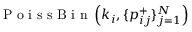
\mathrm { ~ P ~ o ~ i ~ s ~ s ~ B ~ i ~ n ~ } \left( k _ { i } , \{ p _ { i j } ^ { + } \} _ { j = 1 } ^ { N } \right)